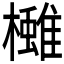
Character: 𪴓